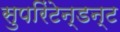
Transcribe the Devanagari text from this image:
सुपरिंटेन्डन्ट